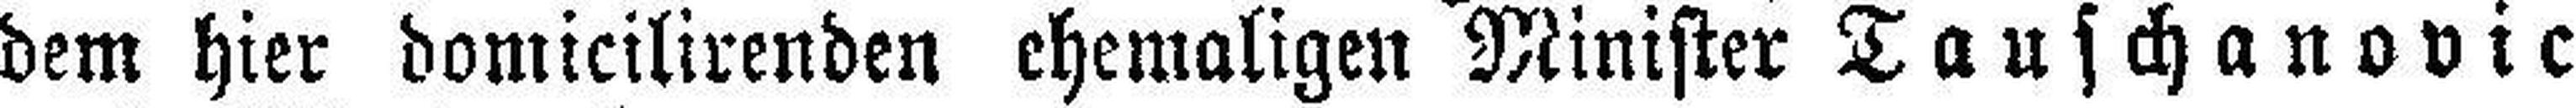
dem hier domicilirenden ehemaligen Minister Tauschanovic